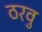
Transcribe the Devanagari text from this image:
ठरवु